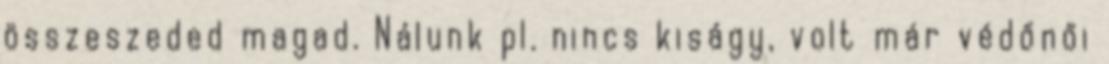
összeszeded magad. Nálunk pl. nincs kiságy, volt már védőnői